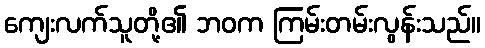
ကျေးလက်သူတို့၏ ဘဝက ကြမ်းတမ်းလွန်းသည်။